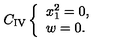
C _ { \mathrm { I V } } \left\{ \begin{array} { l } { x _ { 1 } ^ { 2 } = 0 , } \\ { w = 0 . } \\ \end{array} \right.